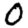
Digit: 0